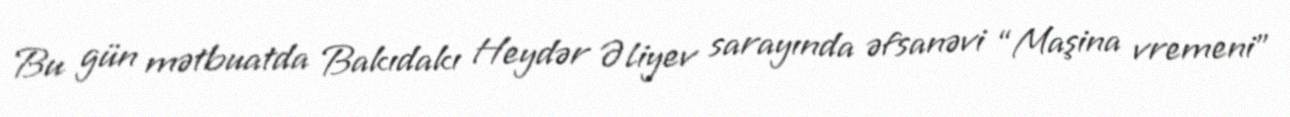
Bu gün mətbuatda Bakıdakı Heydər Əliyev sarayında əfsanəvi “Maşina vremeni”